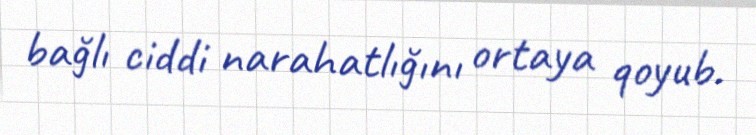
bağlı ciddi narahatlığını ortaya qoyub.